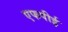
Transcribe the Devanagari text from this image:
एफपीई